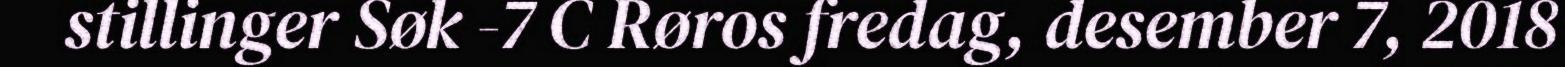
stillinger Søk -7 C Røros fredag, desember 7, 2018